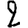
Digit: 2